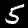
Digit: 5